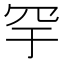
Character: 𬙗